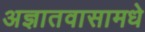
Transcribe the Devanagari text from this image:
अज्ञातवासामधे